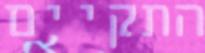
התקיים